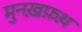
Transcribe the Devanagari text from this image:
मुनख़फ़थ़